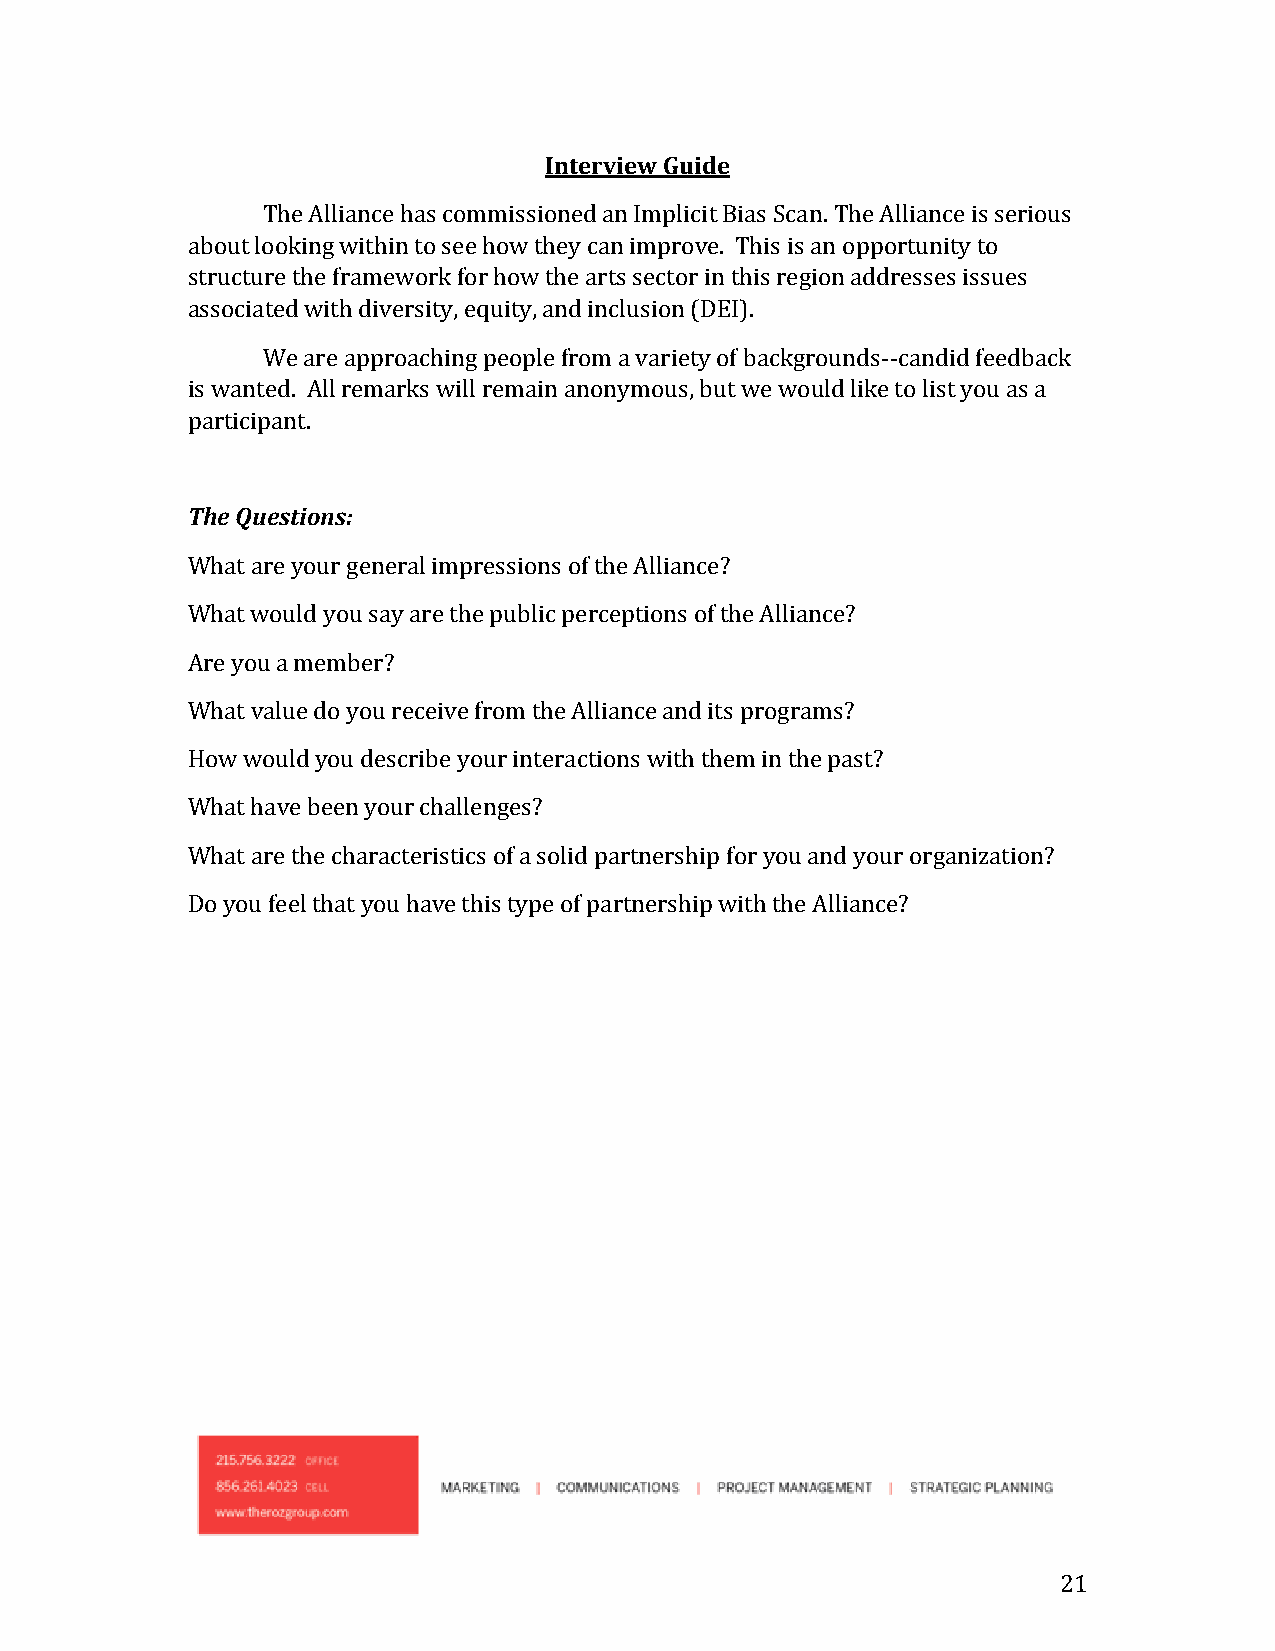
Interview Guide
 The Alliance has commissioned an Implicit Bias Scan. The Alliance is serious
 about looking within to see how they can improve. This is an opportunity to
 structure the framework for how the arts sector in this region addresses issues
 associated with diversity, equity, and inclusion (DEI).
 We are approaching people from a variety of backgrounds--candid feedback
 is wanted. All remarks will remain anonymous, but we would like to list you as a
 participant.
 The Questions:
 What are your general impressions of the Alliance?
 What would you say are the public perceptions of the Alliance?
 Are you a member?
 What value do you receive from the Alliance and its programs?
 How would you describe your interactions with them in the past?
 What have been your challenges?
 What are the characteristics of a solid partnership for you and your organization?
 Do you feel that you have this type of partnership with the Alliance?
 21